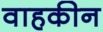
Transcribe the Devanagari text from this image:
वाहकीन